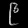
Digit: ၉